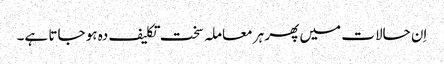
اِن حالات میں پھر ہر معاملہ سخت تکلیف دہ ہو جاتا ہے۔